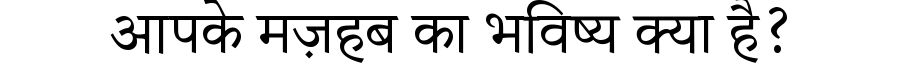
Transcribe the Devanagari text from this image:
आपके मज़हब का भविष्य क्या है?